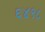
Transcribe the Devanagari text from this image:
६४९८